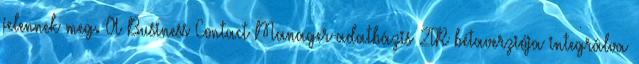
jelennek meg. A Business Contact Manager-adatbázis 2TR bétaverziója integrálva